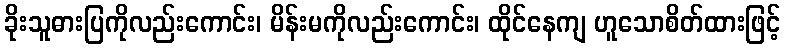
ခိုးသူဓားပြကိုလည်းကောင်း၊ မိန်းမကိုလည်းကောင်း၊ ထိုင်နေကျ ဟူသောစိတ်ထားဖြင့်